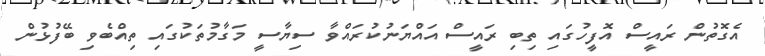
އެގޮތުން ރައީސް އޮފީހުގައި ތިބި ރައީސް އައްޔަނުކުރައްވާ ސިޔާސީ މަގާމުތަކުގައި ތިއްބެވި ބޭފުޅުން